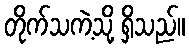
တိုက်သကဲ့သို့ ရှိသည်။